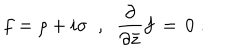
f = \rho + i \sigma \; \; , \; \; \frac { \partial } { \partial { \bar { z } } } f \, = \, 0 \; .